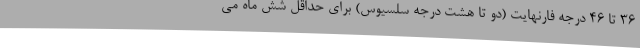
36 تا 46 درجه فارنهایت (دو تا هشت درجه سلسیوس) برای حداقل شش ماه می